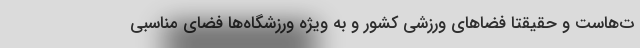
ت‌هاست و حقیقتا فضاهای ورزشی کشور و به ویژه ورزشگاه‌ها فضای مناسبی